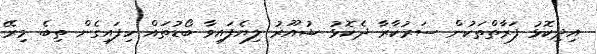
އިދިކޮޅު ފަރާތްތަކުން ސަރުކާރާ ދެކޮޅު ޝުއޫރު ލިޔެފައިވާ ބޯޑުތައް ހިފައިގެން ތިބެ މިރޭ